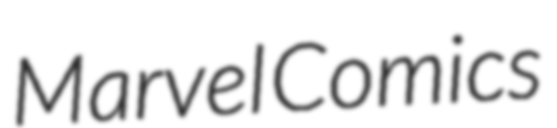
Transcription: Marvel Comics